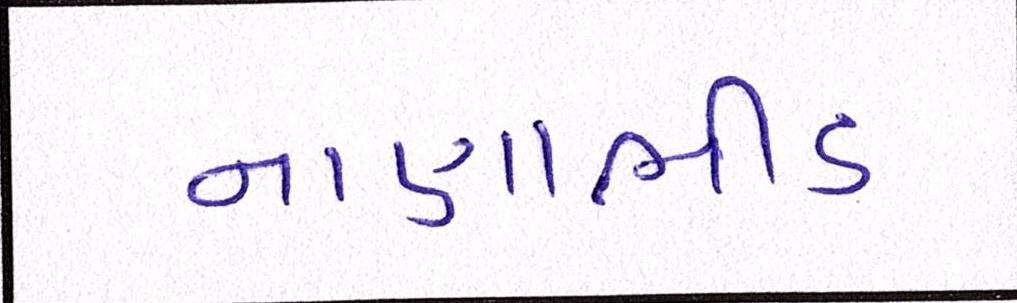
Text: નાણાભીડ